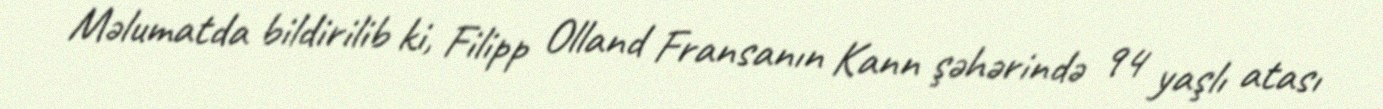
Məlumatda bildirilib ki, Filipp Olland Fransanın Kann şəhərində 94 yaşlı atası